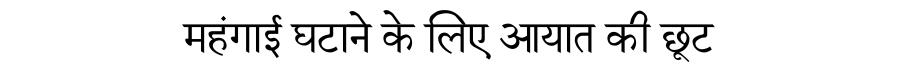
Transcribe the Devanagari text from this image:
महंगाई घटाने के लिए आयात की छूट